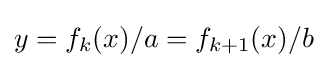
y=f_{k}(x)/a=f_{k+1}(x)/b